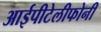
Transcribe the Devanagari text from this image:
आईपीटेलीफोनी